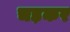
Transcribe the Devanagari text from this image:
चड़कर